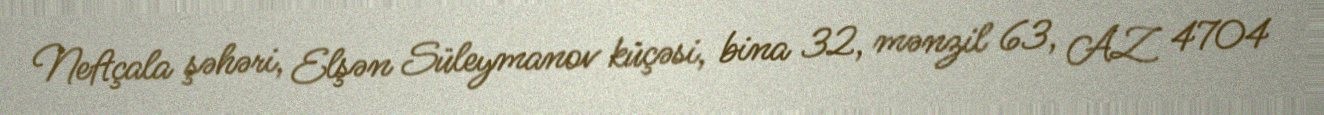
Neftçala şəhəri, Elşən Süleymanov küçəsi, bina 32, mənzil 63, AZ 4704